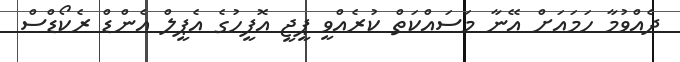
ދެއްވުމާ ހަމައަށް އޭނާ މަސައްކަތް ކުރެއްވީ ޕީޖީ އޮފީހުގެ އެޕީލް އެންޑް ރެކޯޑްސް